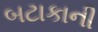
બટાકાની